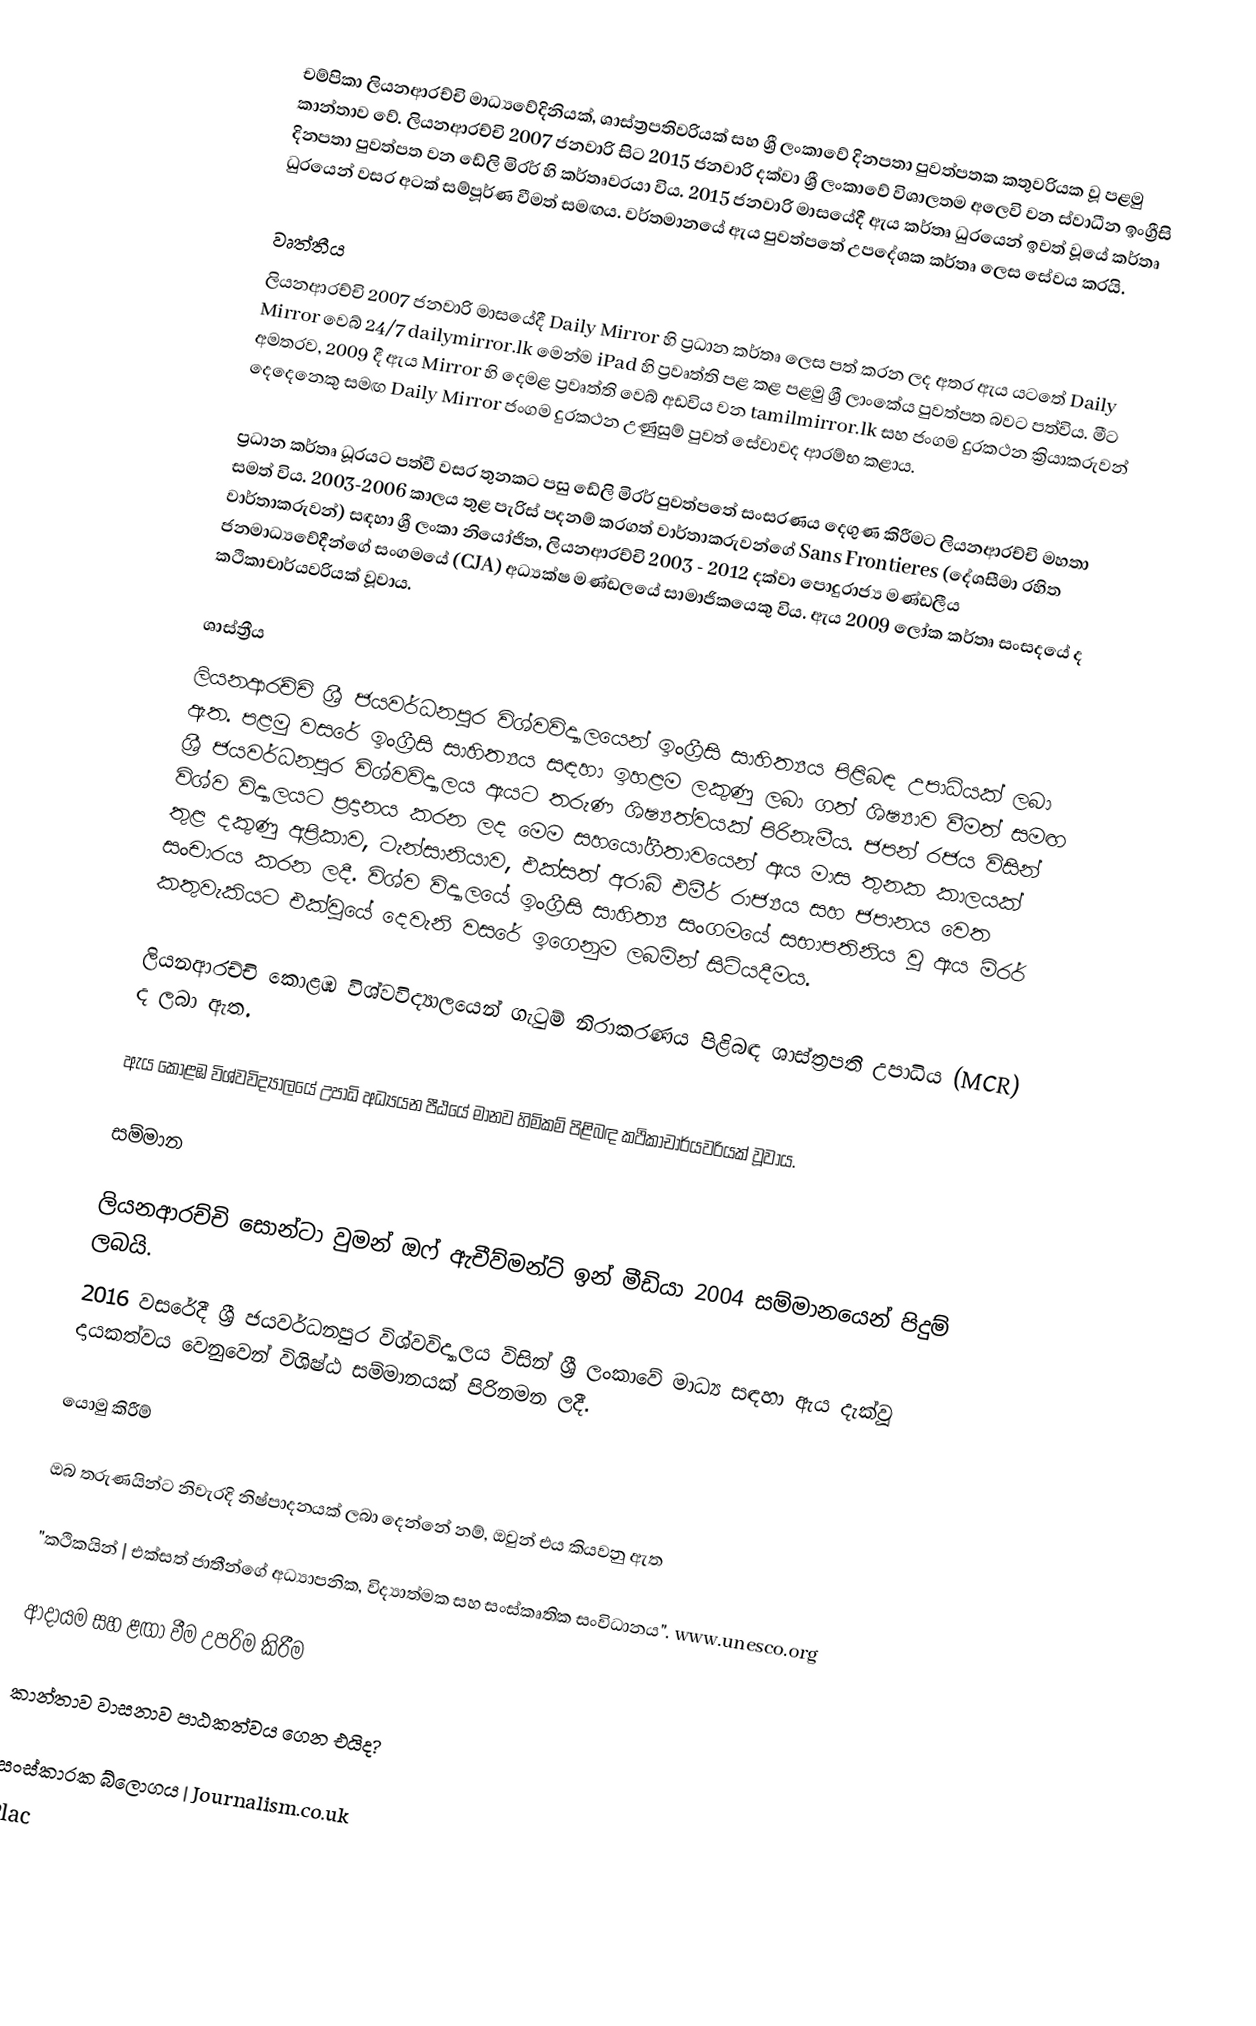
චම්පිකා ලියනආරච්චි මාධ්‍යවේදිනියක්, ශාස්ත්‍රපතිවරියක් සහ ශ්‍රී ලංකාවේ දිනපතා පුවත්පතක කතුවරියක වූ පළමු කාන්තාව වේ. ලියනආරච්චි 2007 ජනවාරි සිට 2015 ජනවාරි දක්වා ශ්‍රී ලංකාවේ විශාලතම අලෙවි වන ස්වාධීන ඉංග්‍රීසි දිනපතා පුවත්පත වන ඩේලි මිරර් හි කර්තෘවරයා විය. 2015 ජනවාරි මාසයේදී ඇය කර්තෘ ධුරයෙන් ඉවත් වූයේ කර්තෘ ධුරයෙන් වසර අටක් සම්පූර්ණ වීමත් සමඟය. වර්තමානයේ ඇය පුවත්පතේ උපදේශක කර්තෘ ලෙස සේවය කරයි.

වෘත්තීය
ලියනආරච්චි 2007 ජනවාරි මාසයේදී Daily Mirror හි ප්‍රධාන කර්තෘ ලෙස පත් කරන ලද අතර ඇය යටතේ Daily Mirror වෙබ් 24/7 dailymirror.lk මෙන්ම iPad හි ප්‍රවෘත්ති පළ කළ පළමු ශ්‍රී ලාංකේය පුවත්පත බවට පත්විය. මීට අමතරව, 2009 දී ඇය Mirror හි දෙමළ ප්‍රවෘත්ති වෙබ් අඩවිය වන tamilmirror.lk සහ ජංගම දුරකථන ක්‍රියාකරුවන් දෙදෙනෙකු සමඟ Daily Mirror ජංගම දුරකථන උණුසුම් පුවත් සේවාවද ආරම්භ කළාය.

ප්‍රධාන කර්තෘ ධූරයට පත්වී වසර තුනකට පසු ඩේලි මිරර් පුවත්පතේ සංසරණය දෙගුණ කිරීමට ලියනආරච්චි මහතා සමත් විය. 2003-2006 කාලය තුළ පැරිස් පදනම් කරගත් වාර්තාකරුවන්ගේ Sans Frontieres (දේශසීමා රහිත වාර්තාකරුවන්) සඳහා ශ්‍රී ලංකා නියෝජිත, ලියනආරච්චි 2003 - 2012 දක්වා පොදුරාජ්‍ය මණ්ඩලීය ජනමාධ්‍යවේදීන්ගේ සංගමයේ (CJA) අධ්‍යක්ෂ මණ්ඩලයේ සාමාජිකයෙකු විය. ඇය 2009 ලෝක කර්තෘ සංසදයේ ද කථිකාචාර්යවරියක් වූවාය.

ශාස්ත්‍රීය
ලියනආරච්චි ශ්‍රී ජයවර්ධනපුර විශ්වවිද්‍යාලයෙන් ඉංග්‍රීසි සාහිත්‍යය පිළිබඳ උපාධියක් ලබා ඇත. පළමු වසරේ ඉංග්‍රීසි සාහිත්‍යය සඳහා ඉහළම ලකුණු ලබා ගත් ශිෂ්‍යාව වීමත් සමඟ ශ්‍රී ජයවර්ධනපුර විශ්වවිද්‍යාලය ඇයට තරුණ ශිෂ්‍යත්වයක් පිරිනැමීය. ජපන් රජය විසින් විශ්ව විද්‍යාලයට ප්‍රදානය කරන ලද මෙම සහයෝගීතාවයෙන් ඇය මාස තුනක කාලයක් තුළ දකුණු අප්‍රිකාව, ටැන්සානියාව, එක්සත් අරාබි එමීර් රාජ්‍යය සහ ජපානය වෙත සංචාරය කරන ලදී. විශ්ව විද්‍යාලයේ ඉංග්‍රීසි සාහිත්‍ය සංගමයේ සභාපතිනිය වූ ඇය මිරර් කතුවැකියට එක්වූයේ දෙවැනි වසරේ ඉගෙනුම ලබමින් සිටියදීමය.

ලියනආරච්චි කොළඹ විශ්වවිද්‍යාලයෙන් ගැටුම් නිරාකරණය පිළිබඳ ශාස්ත්‍රපති උපාධිය (MCR) ද ලබා ඇත.

ඇය කොළඹ විශ්වවිද්‍යාලයේ උපාධි අධ්‍යයන පීඨයේ මානව හිමිකම් පිළිබඳ කථිකාචාර්යවරියක් වූවාය.

සම්මාන

 ලියනආරච්චි සොන්ටා වුමන් ඔෆ් ඇචීව්මන්ට් ඉන් මීඩියා 2004 සම්මානයෙන් පිදුම් ලබයි.
 2016 වසරේදී ශ්‍රී ජයවර්ධනපුර විශ්වවිද්‍යාලය විසින් ශ්‍රී ලංකාවේ මාධ්‍ය සඳහා ඇය දැක්වූ දායකත්වය වෙනුවෙන් විශිෂ්ඨ සම්මානයක් පිරිනමන ලදී.

යොමු කිරීම්

 ඔබ තරුණයින්ට නිවැරදි නිෂ්පාදනයක් ලබා දෙන්නේ නම්, ඔවුන් එය කියවනු ඇත

 "කථිකයින් | එක්සත් ජාතීන්ගේ අධ්‍යාපනික, විද්‍යාත්මක සහ සංස්කෘතික සංවිධානය". www.unesco.org

 ආදායම සහ ළඟා වීම උපරිම කිරීම

 කාන්තාව වාසනාව පාඨකත්වය ගෙන එයිද?

 සංස්කාරක බ්ලොගය | Journalism.co.uk
Plac